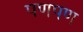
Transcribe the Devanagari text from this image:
पणपण